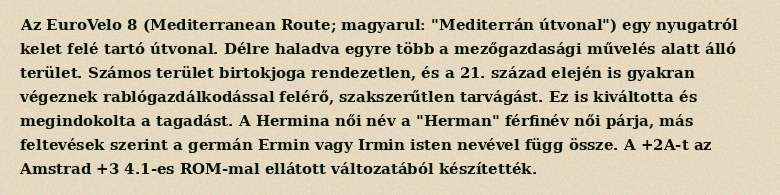
Az EuroVelo 8 (Mediterranean Route; magyarul: "Mediterrán útvonal") egy nyugatról kelet felé tartó útvonal. Délre haladva egyre több a mezőgazdasági művelés alatt álló terület. Számos terület birtokjoga rendezetlen, és a 21. század elején is gyakran végeznek rablógazdálkodással felérő, szakszerűtlen tarvágást. Ez is kiváltotta és megindokolta a tagadást. A Hermina női név a "Herman" férfinév női párja, más feltevések szerint a germán Ermin vagy Irmin isten nevével függ össze. A +2A-t az Amstrad +3 4.1-es ROM-mal ellátott változatából készítették.